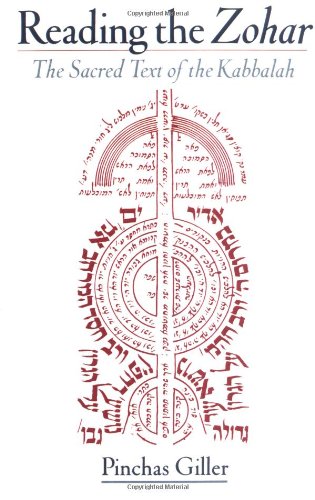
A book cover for Reading the Zohar: The Sacred Text of the Kabbalah; Pinchas Giller; Religion & Spirituality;